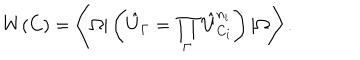
W ( C ) = \left\langle \Omega | \left( \hat { U } _ { \Gamma } = \prod _ { \Gamma } \hat { U } _ { C _ { i } } ^ { n _ { i } } \right) | \Omega \right\rangle .